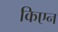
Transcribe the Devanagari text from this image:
किएन